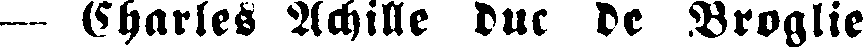
— Charles Achille duc de Broglie